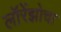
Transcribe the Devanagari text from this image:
लॉरेंझोचा